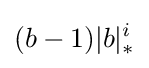
(b-1)|b|_{*}^{i}